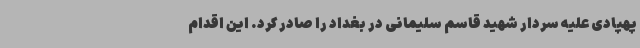
پهپادی علیه سردار شهید قاسم سلیمانی در بغداد را صادر کرد. این اقدام